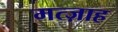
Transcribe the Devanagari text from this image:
मत्ज़ाह